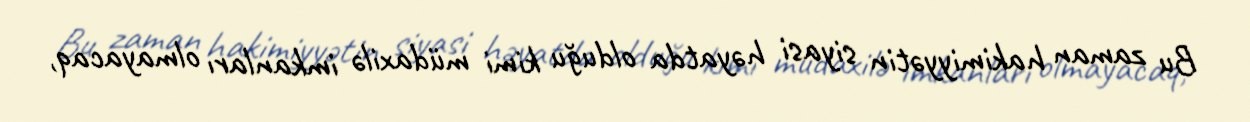
Bu zaman hakimiyyətin siyasi həyatda olduğu kimi müdaxilə imkanları olmayacaq,